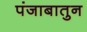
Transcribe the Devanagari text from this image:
पंजाबातुन